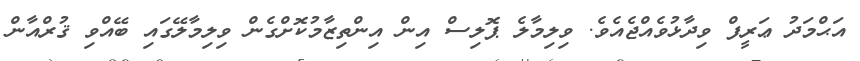
އަޙްމަދު ޢަރީފް ވިދާޅުވެއްޖެއެވެ. ވިލިމާލެ ޕޮލިސް އިން އިންތިޒާމުކޮށްގެން ވިލިމާލޭގައި ބޭއްވި ޤުރްއާން